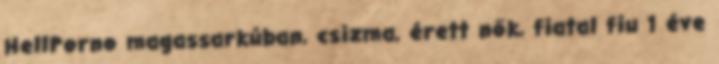
HellPorno magassarkúban, csizma, érett nők, fiatal fiu 1 éve